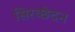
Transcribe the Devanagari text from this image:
सिरच्छेदन